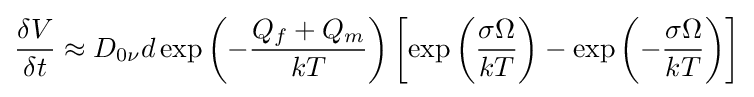
{\frac {\delta V}{\delta t}}\approx D_{0\nu }d\exp \left(-{\frac {Q_{f}+Q_{m}}{kT}}\right)\left[\exp \left({\frac {\sigma \Omega }{kT}}\right)-\exp \left(-{\frac {\sigma \Omega }{kT}}\right)\right]